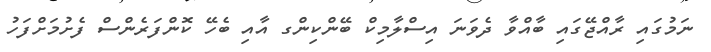
ނަމުގައި ރާއްޖޭގައި ބާއްވާ ދެވަނަ އިސްލާމިކް ބޭންކިންގ އާއި ބެހޭ ކޮންފަރެންސް ފެށުމަށްފަހު